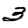
Digit: 3